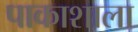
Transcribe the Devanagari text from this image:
पाकाशाला